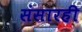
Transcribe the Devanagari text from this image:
संसारही